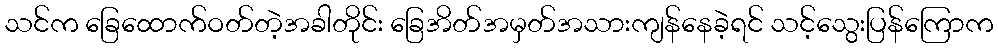
သင်က ခြေထောက်ဝတ်တဲ့အခါတိုင်း ခြေအိတ်အမှတ်အသားကျန်နေခဲ့ရင် သင့်သွေးပြန်ကြောက